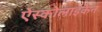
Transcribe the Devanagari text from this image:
ऐस्कोलाइकेन